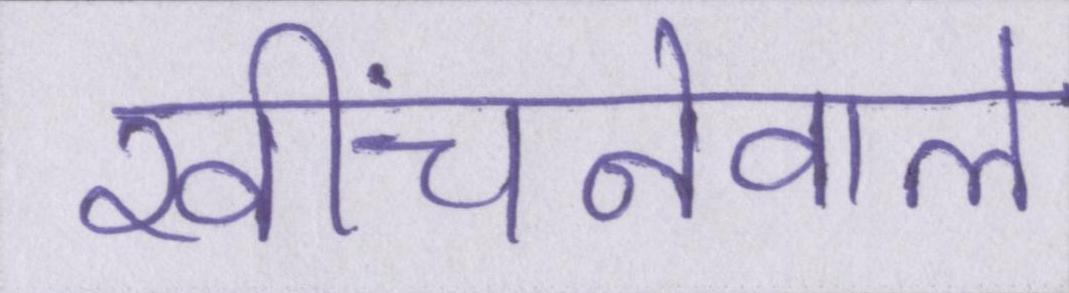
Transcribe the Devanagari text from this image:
खींचनेवाले